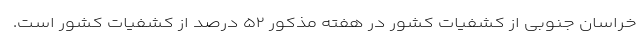
خراسان جنوبی از کشفیات کشور در هفته مذکور ۵۲ درصد از کشفیات کشور است.